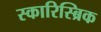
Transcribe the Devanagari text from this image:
स्कारिस्ब्रिक